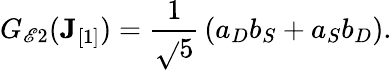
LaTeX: G_{\mathscr{E}2}({\mathbf{J}}_{[1]})={\frac{{1}}{{\sqrt{}{{5}}}}}\left(a_{{D}}b_{{S}}+a_{{S}}b_{{D}}\right).